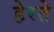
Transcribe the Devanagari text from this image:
हेरते